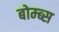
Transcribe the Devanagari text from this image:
बोम्ब्स